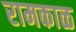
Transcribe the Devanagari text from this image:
रामकाळ